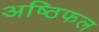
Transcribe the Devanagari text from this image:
अष्ठिफल